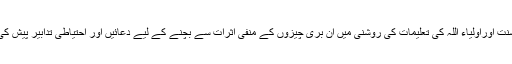
قرآن وسنت اوراولیاء اللہ کی تعلیمات کی روشنی میں ان بُری چیزوں کے منفی اثرات سے بچنے کے لیے دعائیں اور احتیاطی تدابیر پیش کی جائیں۔